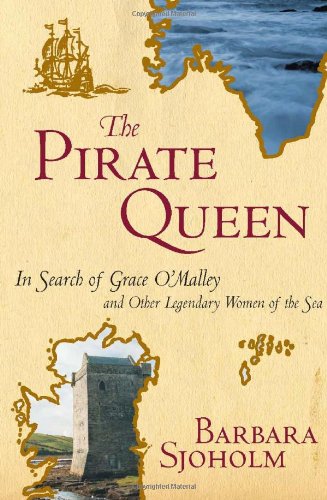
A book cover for The Pirate Queen: In Search of Grace O'Malley and Other Legendary Women of the Sea; Barbara Sjoholm; Biographies & Memoirs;